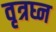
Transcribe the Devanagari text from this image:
वृत्रघ्न